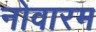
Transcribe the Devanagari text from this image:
नोवारम